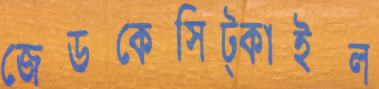
জেডকেসিট্‌কাইল